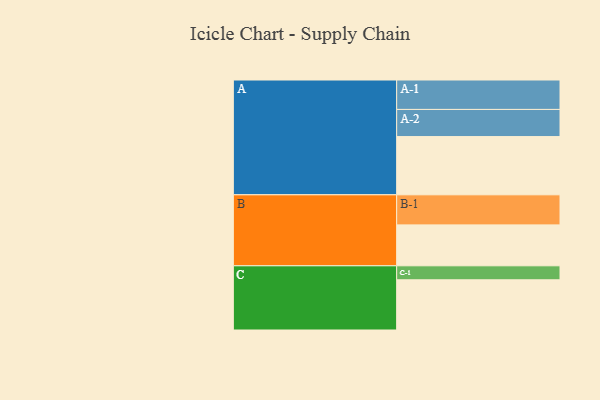
{"axis": {"x": "Segment", "y": "Value"}, "legend": ["", "A", "B", "C"], "data": [{"x": "A", "y": 558, "type": ""}, {"x": "B", "y": 392, "type": ""}, {"x": "C", "y": 481, "type": ""}, {"x": "A-1", "y": 282, "type": "A"}, {"x": "A-2", "y": 260, "type": "A"}, {"x": "B-1", "y": 288, "type": "B"}, {"x": "C-1", "y": 134, "type": "C"}]}